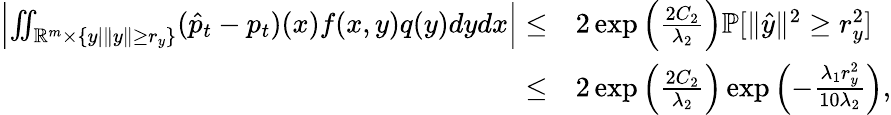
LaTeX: \begin{array}{rl}{\left|\iint_{\mathbb{R}^{m}\times\{ y|\| y\| \geq r_{y}\} }(\hat{p}_{t}-p_{t})(x)f(x,y)q(y)dydx\right|\leq}&{2\exp{\left(\frac{2C_{2}}{\lambda_{2}}\right)}\mathbb{P}[\| \hat{y}\| ^{2}\geq r_{y}^{2}]}\\ {\leq}&{2\exp{\left(\frac{2C_{2}}{\lambda_{2}}\right)}\exp{\left(-\frac{\lambda_{1}r_{y}^{2}}{10\lambda_{2}}\right)},}\end{array}